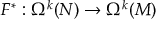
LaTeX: F ^ { * } : \Omega ^ { k } ( N ) \to \Omega ^ { k } ( M )